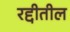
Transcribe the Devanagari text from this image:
रद्दीतील